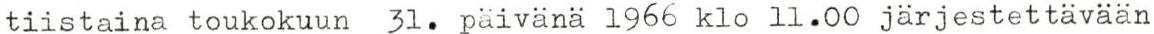
tiistaina toukokuun 31. päivänä 1966 klo 11.00 järjestettävään